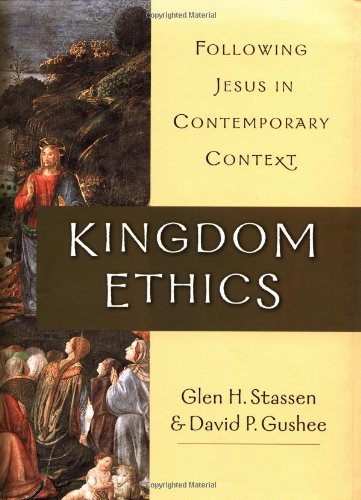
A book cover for Kingdom Ethics: Following Jesus in Contemporary Context; Glen H. Stassen; Christian Books & Bibles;